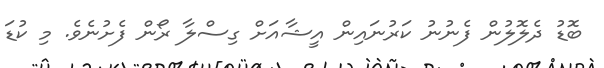
ބޮޑު ދެލޮލުން ފެނުނު ކަރުނައިން އީޝާއަށް ގިސްލާ ރޯން ފެށުނެވެ. މި ކުޑަ